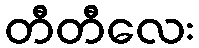
တီတီလေး